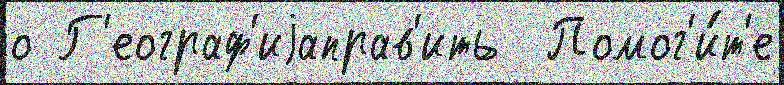
о Г'еограф'иjаправ'ить  Помог'и́т'е